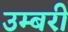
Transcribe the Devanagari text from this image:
उम्बरी